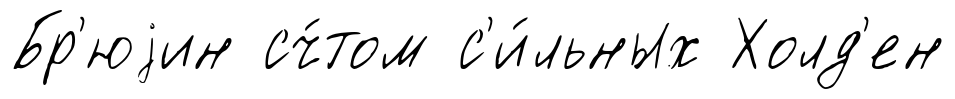
Бр'юjин сч́том с'и́льных Холд'ен